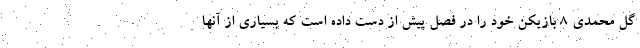
گل محمدی 8 بازیکن خود را در فصل پیش از دست داده است که بسیاری از آنها